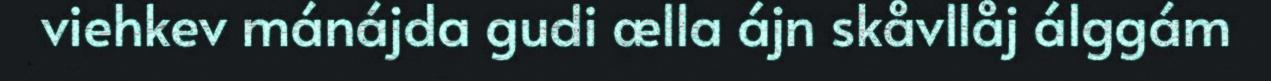
viehkev mánájda gudi ælla ájn skåvllåj álggám